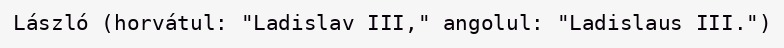
László (horvátul: "Ladislav III," angolul: "Ladislaus III.")